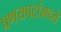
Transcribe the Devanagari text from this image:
प्रणयपटांमध्ये